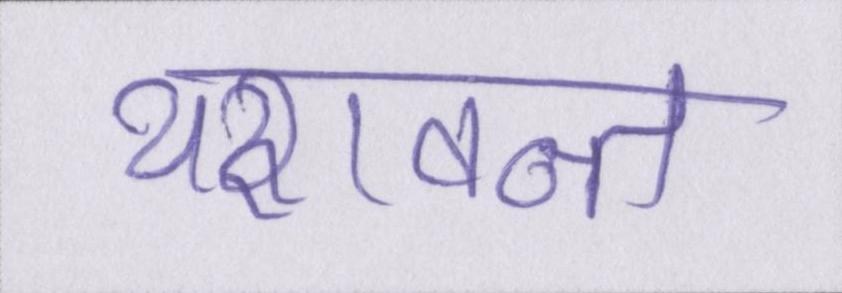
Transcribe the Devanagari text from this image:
यशवन्त